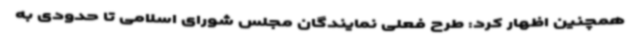
همچنین اظهار کرد: طرح فعلی نمایندگان مجلس شورای اسلامی تا حدودی به